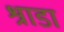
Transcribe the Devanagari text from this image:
श्राडा